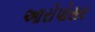
આરોપોસર